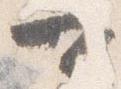
可